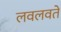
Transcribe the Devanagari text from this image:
लवलवते